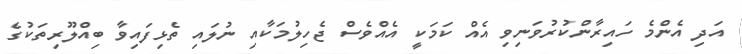
އަދި އެންމެ ހައިރާންކުރުވަނިވި އެއް ކަމަކީ އެއްވެސް ޖެހިލުމަކާއި ނުލައި ތެޅިފައިވާ ބިއްލޫރިތަކުގެ